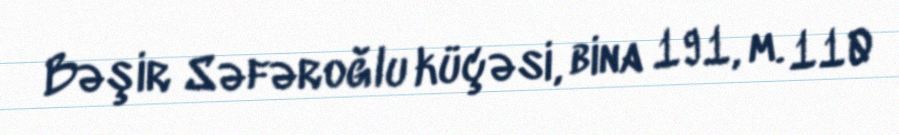
Bəşir Səfəroğlu küçəsi, bina 191, m. 110